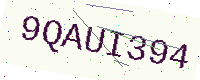
Text: 9QAUI394